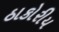
ઠાકોરીય